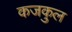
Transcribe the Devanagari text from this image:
कजकुल